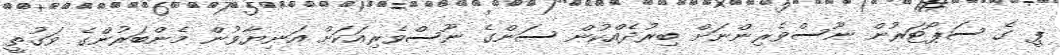
ޕީ ގެ ސަޕޯޓަރުން ނޫސްވެރިންނަށް ބިރުދެއްކުން ސަންގެ ނޫސްވެރިއަކަށް އަނިޔާވުން މެންބަރުންގެ ވަގުތީ